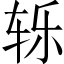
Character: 轹